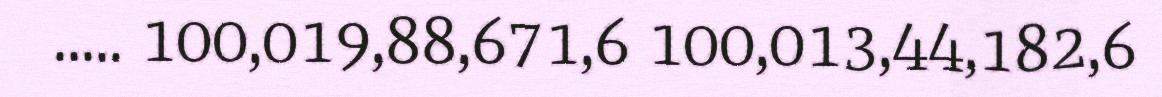
..... 100,019,88,671,6 100,013,44,182,6